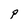
Character: P